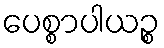
ပေစ္စာပါယဉ္စ